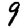
Digit: 9